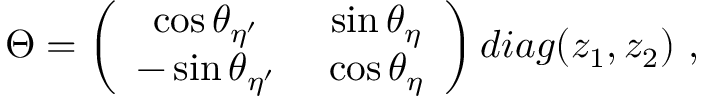
\Theta = \left( \begin{array} { c c } { { \cos \theta _ { \eta ^ { \prime } } } } & { { ~ \sin \theta _ { \eta } } } \\ { { - \sin \theta _ { \eta ^ { \prime } } } } & { { ~ \cos \theta _ { \eta } } } \end{array} \right) d i a g ( z _ { 1 } , z _ { 2 } ) ~ ,